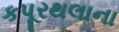
કપૂરથલાના